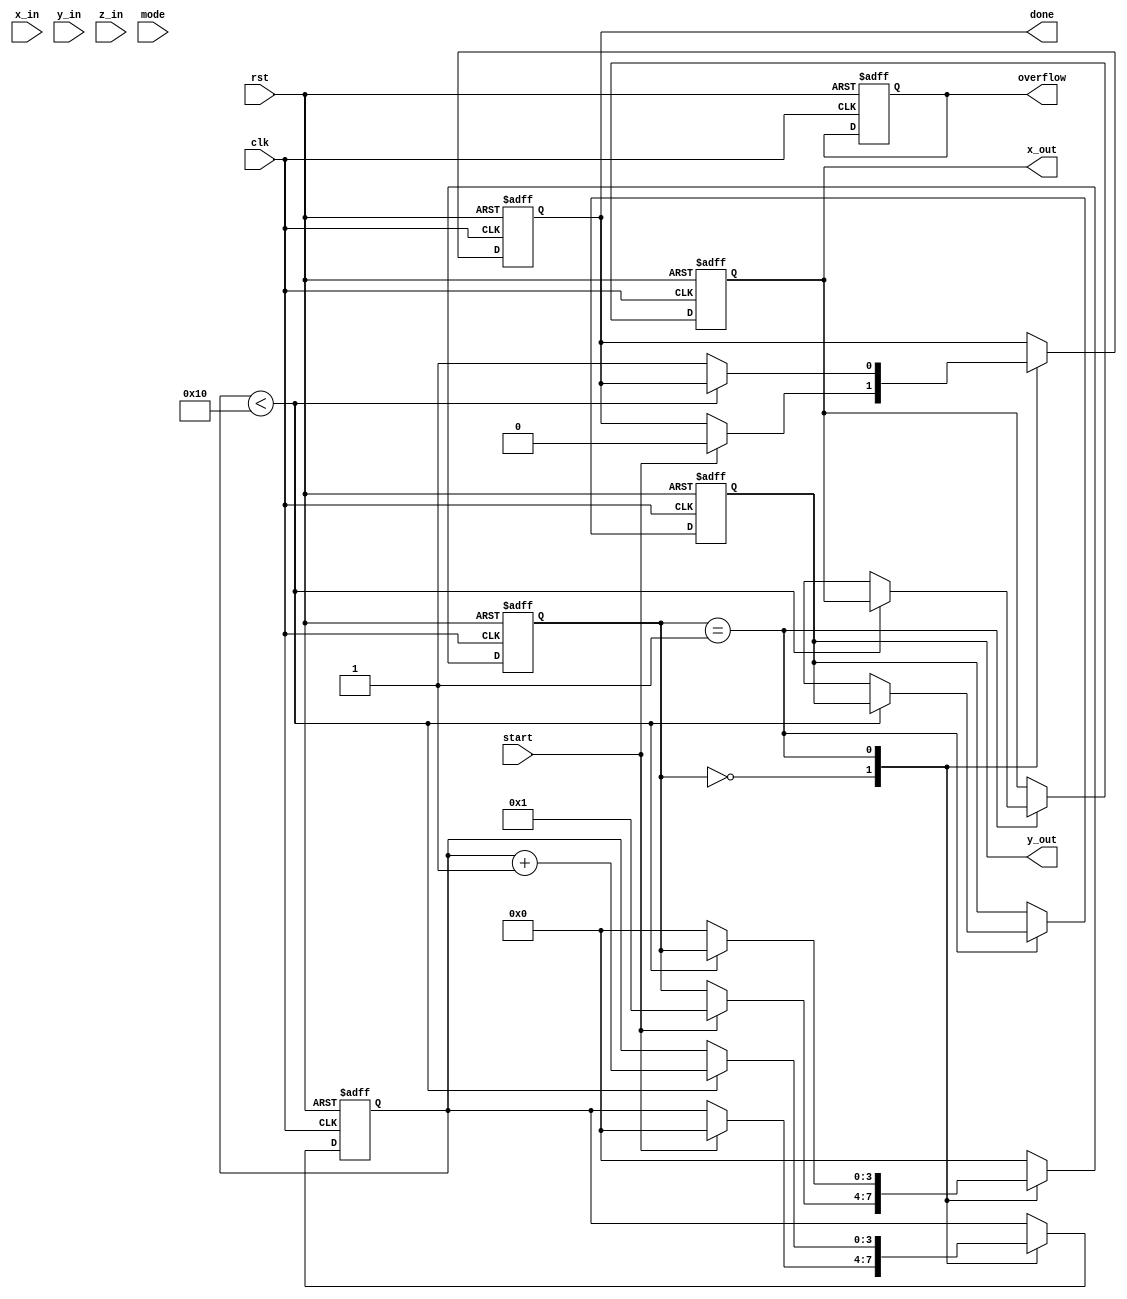
module cordic (
    input wire clk,
    input wire rst,
    input wire start,
    input wire [15:0] x_in,  // Input x coordinate
    input wire [15:0] y_in,  // Input y coordinate
    input wire [15:0] z_in,  // Input angle in radians (or degrees)
    input wire [1:0] mode,   // 00: rotation, 01: vectoring, 10: hyperbolic
    output reg [15:0] x_out,  // Output x coordinate
    output reg [15:0] y_out,  // Output y coordinate
    output reg done,          // Operation completion flag
    output reg overflow       // Overflow flag
);

    // CORDIC parameters
    parameter NUM_ITERATIONS = 16;
    reg [15:0] x [0:NUM_ITERATIONS-1];
    reg [15:0] y [0:NUM_ITERATIONS-1];
    reg [15:0] z [0:NUM_ITERATIONS-1];
    reg [15:0] angle_table [0:NUM_ITERATIONS-1]; // Pre-computed angles
    reg [NUM_ITERATIONS-1:0] angle_sign; // Direction of rotation

    // Initialization of angle table for 2D CORDIC
    initial begin
        angle_table[0] = 16'h3243; // atan(1) = 45 degrees in Q15 format
        angle_table[1] = 16'h1DAC; // atan(1/2) = 26.565 degrees
        angle_table[2] = 16'h0F6E; // atan(1/4) = 14.036 degrees
        // Add more pre-computed angles as needed
    end

    // State machine for CORDIC processing
    reg [3:0] state;
    reg [3:0] iteration;

    always @(posedge clk or posedge rst) begin
        if (rst) begin
            x_out <= 0;
            y_out <= 0;
            done <= 0;
            overflow <= 0;
            state <= 0;
            iteration <= 0;
        end else begin
            case (state)
                0: begin
                    if (start) begin
                        x[0] <= x_in;
                        y[0] <= y_in;
                        z[0] <= z_in;
                        iteration <= 0;
                        state <= 1;
                        done <= 0;
                    end
                end
                1: begin // Iterative CORDIC processing
                    if (iteration < NUM_ITERATIONS) begin
                        if (z[iteration] < 0) begin
                            // Rotate clockwise
                            x[iteration + 1] <= x[iteration] + (y[iteration] >> iteration);
                            y[iteration + 1] <= y[iteration] - (x[iteration] >> iteration);
                            z[iteration + 1] <= z[iteration] + angle_table[iteration];
                            angle_sign[iteration] <= 1'b1;
                        end else begin
                            // Rotate counter-clockwise
                            x[iteration + 1] <= x[iteration] - (y[iteration] >> iteration);
                            y[iteration + 1] <= y[iteration] + (x[iteration] >> iteration);
                            z[iteration + 1] <= z[iteration] - angle_table[iteration];
                            angle_sign[iteration] <= 1'b0;
                        end
                        iteration <= iteration + 1;
                    end else begin
                        // Final output
                        x_out <= x[NUM_ITERATIONS];
                        y_out <= y[NUM_ITERATIONS];
                        done <= 1;
                        state <= 0; // Reset state
                    end
                end
                default: state <= 0;
            endcase
        end
    end

endmodule